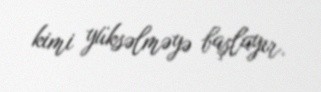
kimi yüksəlməyə başlayır.